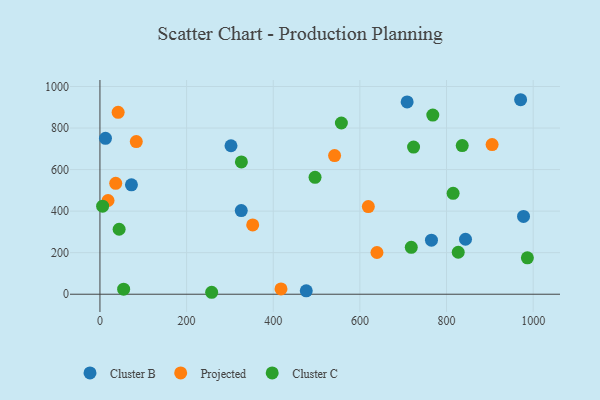
{"axis": {"x": "Distance", "y": "Profit"}, "legend": ["Cluster B", "Cluster C", "Projected"], "data": [{"x": "326.2", "y": 402.6, "type": "Cluster B"}, {"x": "977.7", "y": 374.6, "type": "Cluster B"}, {"x": "72.7", "y": 526.5, "type": "Cluster B"}, {"x": "709.1", "y": 925.8, "type": "Cluster B"}, {"x": "302.5", "y": 714.9, "type": "Cluster B"}, {"x": "765.2", "y": 260.0, "type": "Cluster B"}, {"x": "476.2", "y": 16.2, "type": "Cluster B"}, {"x": "843.8", "y": 264.7, "type": "Cluster B"}, {"x": "12.8", "y": 750.4, "type": "Cluster B"}, {"x": "971.0", "y": 936.4, "type": "Cluster B"}, {"x": "905.2", "y": 720.5, "type": "Projected"}, {"x": "42.0", "y": 875.7, "type": "Projected"}, {"x": "619.5", "y": 422.1, "type": "Projected"}, {"x": "18.7", "y": 451.2, "type": "Projected"}, {"x": "541.6", "y": 667.3, "type": "Projected"}, {"x": "83.9", "y": 734.7, "type": "Projected"}, {"x": "36.4", "y": 534.0, "type": "Projected"}, {"x": "417.9", "y": 25.6, "type": "Projected"}, {"x": "639.4", "y": 200.8, "type": "Projected"}, {"x": "352.6", "y": 333.7, "type": "Projected"}, {"x": "827.0", "y": 202.0, "type": "Cluster C"}, {"x": "718.6", "y": 225.6, "type": "Cluster C"}, {"x": "836.2", "y": 715.9, "type": "Cluster C"}, {"x": "768.3", "y": 862.6, "type": "Cluster C"}, {"x": "54.7", "y": 24.5, "type": "Cluster C"}, {"x": "557.3", "y": 824.4, "type": "Cluster C"}, {"x": "496.5", "y": 562.7, "type": "Cluster C"}, {"x": "815.2", "y": 485.6, "type": "Cluster C"}, {"x": "257.9", "y": 9.4, "type": "Cluster C"}, {"x": "44.3", "y": 312.9, "type": "Cluster C"}, {"x": "326.5", "y": 636.8, "type": "Cluster C"}, {"x": "723.9", "y": 708.3, "type": "Cluster C"}, {"x": "6.2", "y": 423.9, "type": "Cluster C"}, {"x": "986.6", "y": 175.1, "type": "Cluster C"}]}